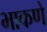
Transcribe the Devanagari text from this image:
भाकणे